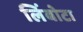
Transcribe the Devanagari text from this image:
लिंबोटा